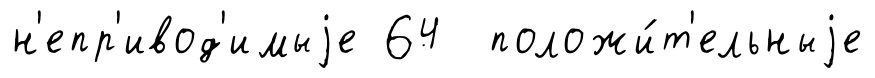
н'епр'ивод'имыjе 64 положи́т'ельныjе